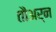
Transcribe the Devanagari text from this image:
तौअर्न